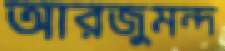
আরজুমন্দ